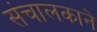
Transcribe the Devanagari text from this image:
संचालकाने